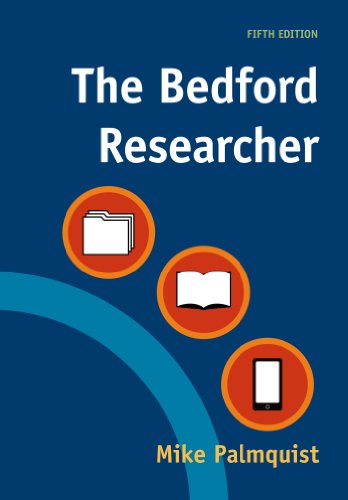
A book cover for The Bedford Researcher; Mike Palmquist; Reference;